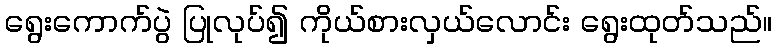
ရွေးကောက်ပွဲ ပြုလုပ်၍ ကိုယ်စားလှယ်လောင်း ရွေးထုတ်သည်။